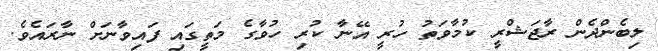
ލިބެންދެން ރާޖަޝްރީ ކުމާވަތު ހުރީ އޭނާ ކުރި ހުވާގެ މަތީގައި ފައިވާނަށް ނާރައެވެ.